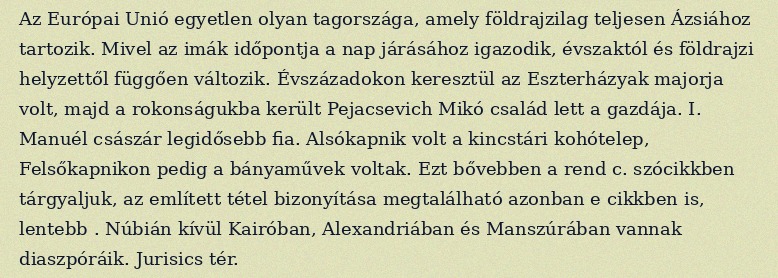
Az Európai Unió egyetlen olyan tagországa, amely földrajzilag teljesen Ázsiához tartozik. Mivel az imák időpontja a nap járásához igazodik, évszaktól és földrajzi helyzettől függően változik. Évszázadokon keresztül az Eszterházyak majorja volt, majd a rokonságukba került Pejacsevich Mikó család lett a gazdája. I. Manuél császár legidősebb fia. Alsókapnik volt a kincstári kohótelep, Felsőkapnikon pedig a bányaművek voltak. Ezt bővebben a rend c. szócikkben tárgyaljuk, az említett tétel bizonyítása megtalálható azonban e cikkben is, lentebb . Núbián kívül Kairóban, Alexandriában és Manszúrában vannak diaszpóráik. Jurisics tér.